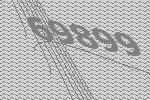
69899